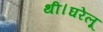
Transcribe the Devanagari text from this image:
थी।घरेलू